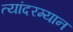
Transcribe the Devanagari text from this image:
त्यांदरम्यान